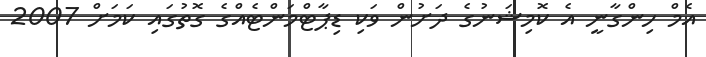
އެމް ހިންގާނީ އެ ކޮމިޝަނުގެ ދަށުން ވަކި ޑިޕާޓްމަންޓެއްގެ ގޮތުގައި ކަމަށް 2007